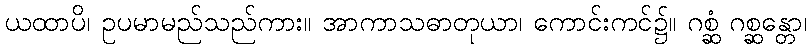
ယထာပိ၊ ဥပမာမည်သည်ကား။ အာကာသဓာတုယာ၊ ကောင်းကင်၌။ ဂစ္ဆံ ဂစ္ဆန္တော၊